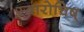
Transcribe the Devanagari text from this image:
स्वारोचिष्‌